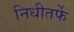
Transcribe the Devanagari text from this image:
निधीतर्फे